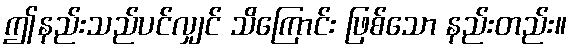
ဤနည်းသည်ပင်လျှင် သိကြောင်း ဖြစ်သော နည်းတည်း။